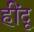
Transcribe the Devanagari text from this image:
हींदू